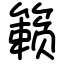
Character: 籁